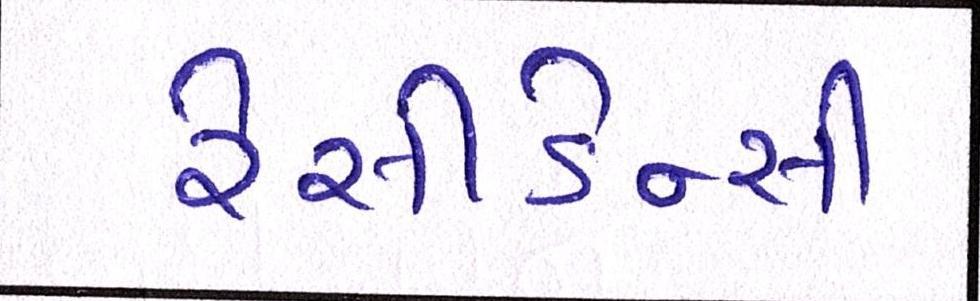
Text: રેસીડેન્સી